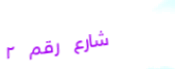
شارع رقم ٢